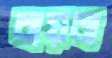
বায়ব্য